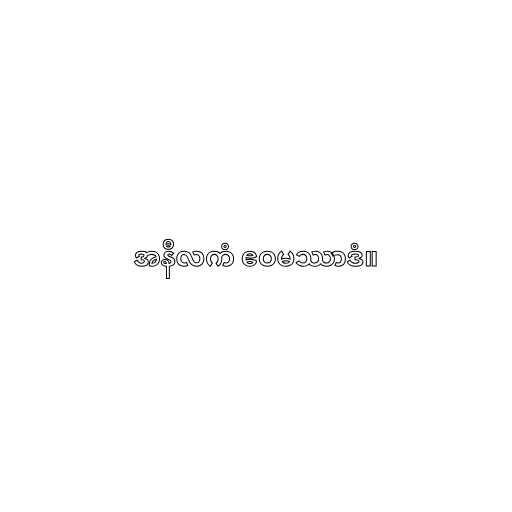
အနီလကံ ဧဝမဿာဒံ။